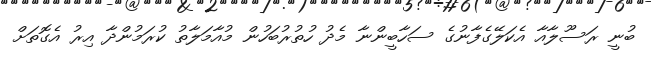
ބުނީ ރަސޫލާއާ އެކަލޭގެފާނުގެ ސަހާބީންނާ މެދު ހުތުރުބަހުން މުއާމަލާތު ކުރަމުންދާ އިރު އެގޮތަށް